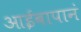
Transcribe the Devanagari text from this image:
आईबापानं